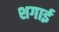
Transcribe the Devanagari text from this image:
शगाई